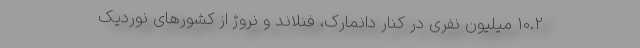
10.2 میلیون نفری در کنار دانمارک، فنلاند و نروژ از کشورهای نوردیک